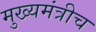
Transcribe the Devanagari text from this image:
मुख्यमंत्रीच